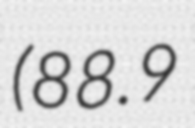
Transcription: (88.9